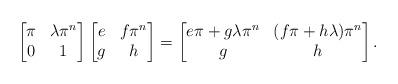
LaTeX: \begin{align*} \begin{bmatrix} \pi & \lambda \pi^n \\ 0 & 1 \end{bmatrix} \begin{bmatrix} e & f\pi^n \\ g & h \end{bmatrix} = \begin{bmatrix} e\pi + g \lambda \pi^n & (f\pi + h \lambda) \pi^n \\ g & h \end{bmatrix}. \end{align*}